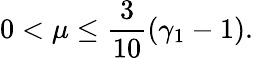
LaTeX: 0<\mu\leq\frac{3}{10}(\gamma_{1}-1).